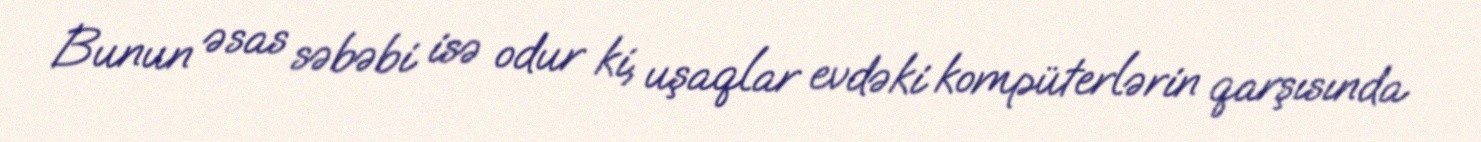
Bunun əsas səbəbi isə odur ki, uşaqlar evdəki kompüterlərin qarşısında